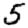
Digit: 5